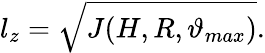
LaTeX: l_{z}=\sqrt{J(H,R,\vartheta_{max})}.